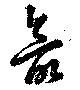
最